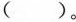
( ) 。